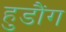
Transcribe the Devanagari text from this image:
हुडौंग